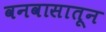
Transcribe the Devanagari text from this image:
वनवासातून